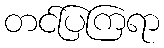
တင်ပြကြရာ